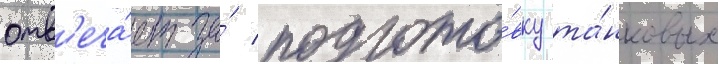
отв'еча́ет за́ подгото́вку та́нковых